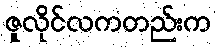
ဇူလိုင်လကတည်းက